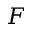
F